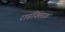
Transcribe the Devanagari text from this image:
राडक्लिफ़